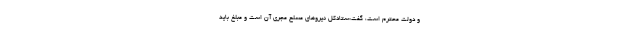
و دولت محترم است، گفت:ستادکل نیروهای مسلح مجری آن است و مبلغ باید